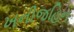
ખનીજહિન